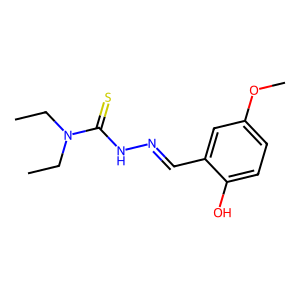
SMILES: CCN(CC)C(=S)NN=Cc1cc(OC)ccc1O
Inhibits HIV replication: No